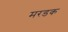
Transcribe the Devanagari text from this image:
मरडक